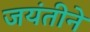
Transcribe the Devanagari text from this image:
जयंतीने